Bréfritari: Sigríður Pálsdóttir
Viðtakandi: Páll Pálsson
Dagsetning: A-1868-08-04
Skrifað á: Breiðabólsstað  Rang.
Páll var bróðir Sigríðar

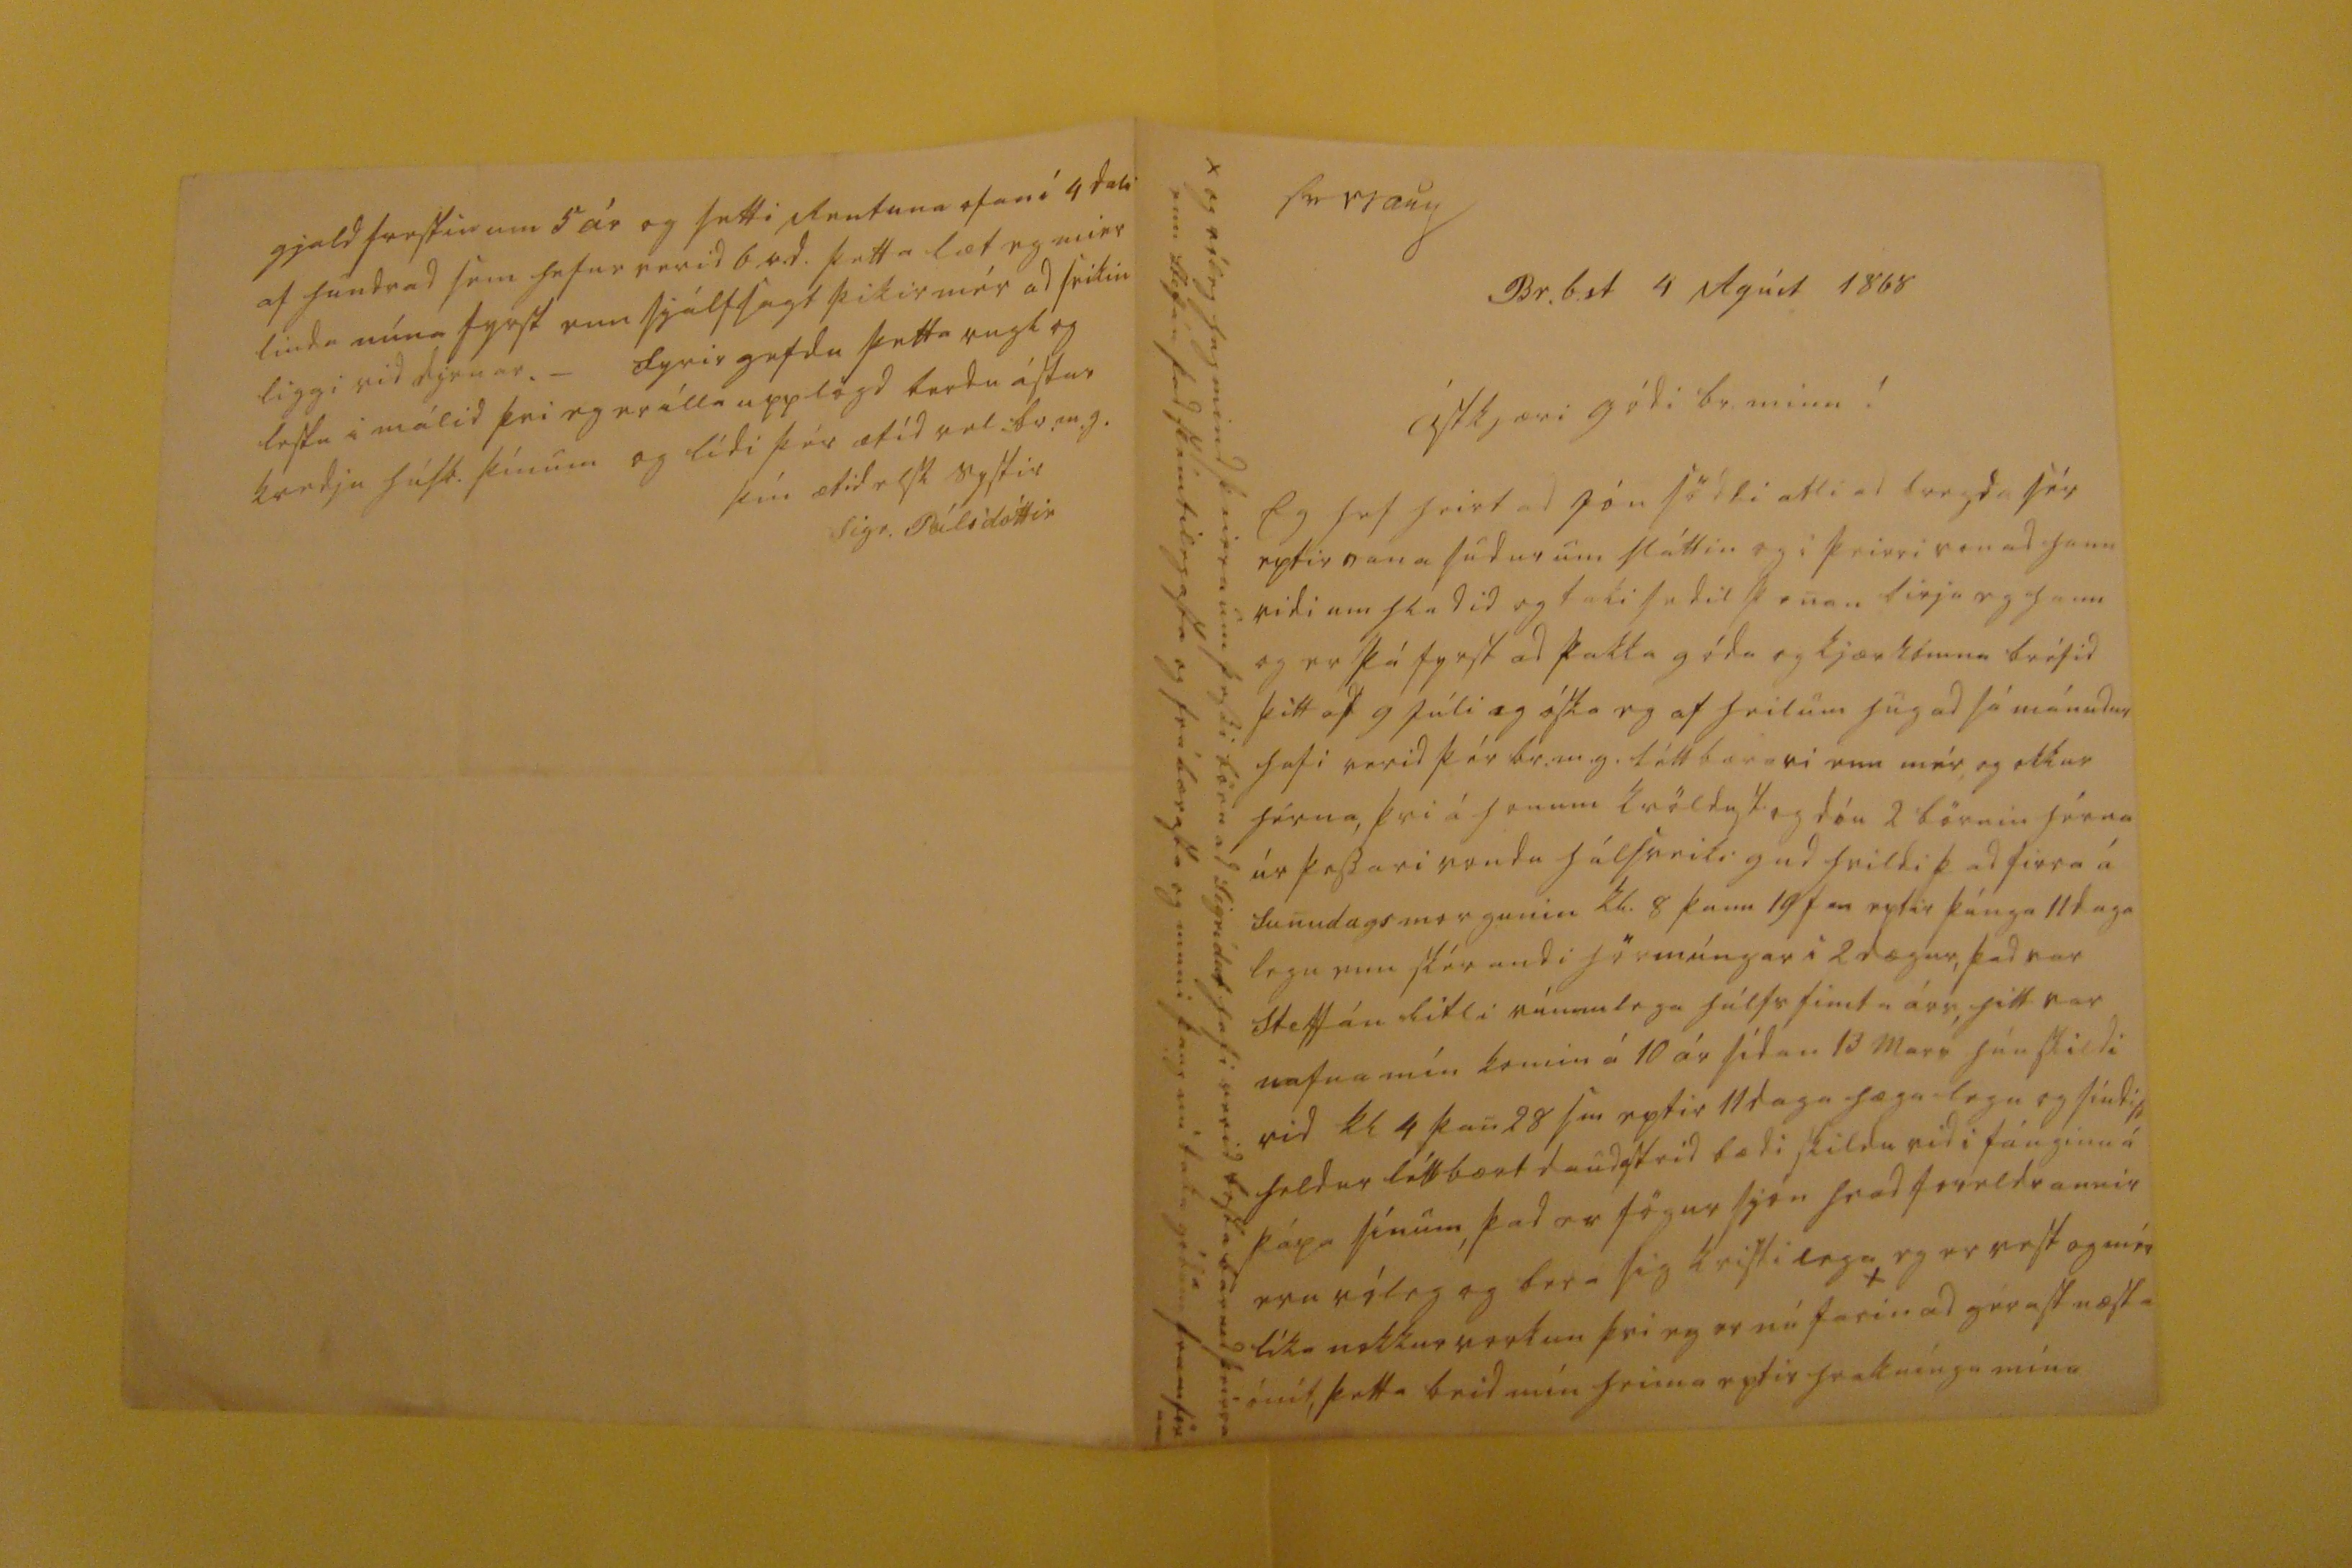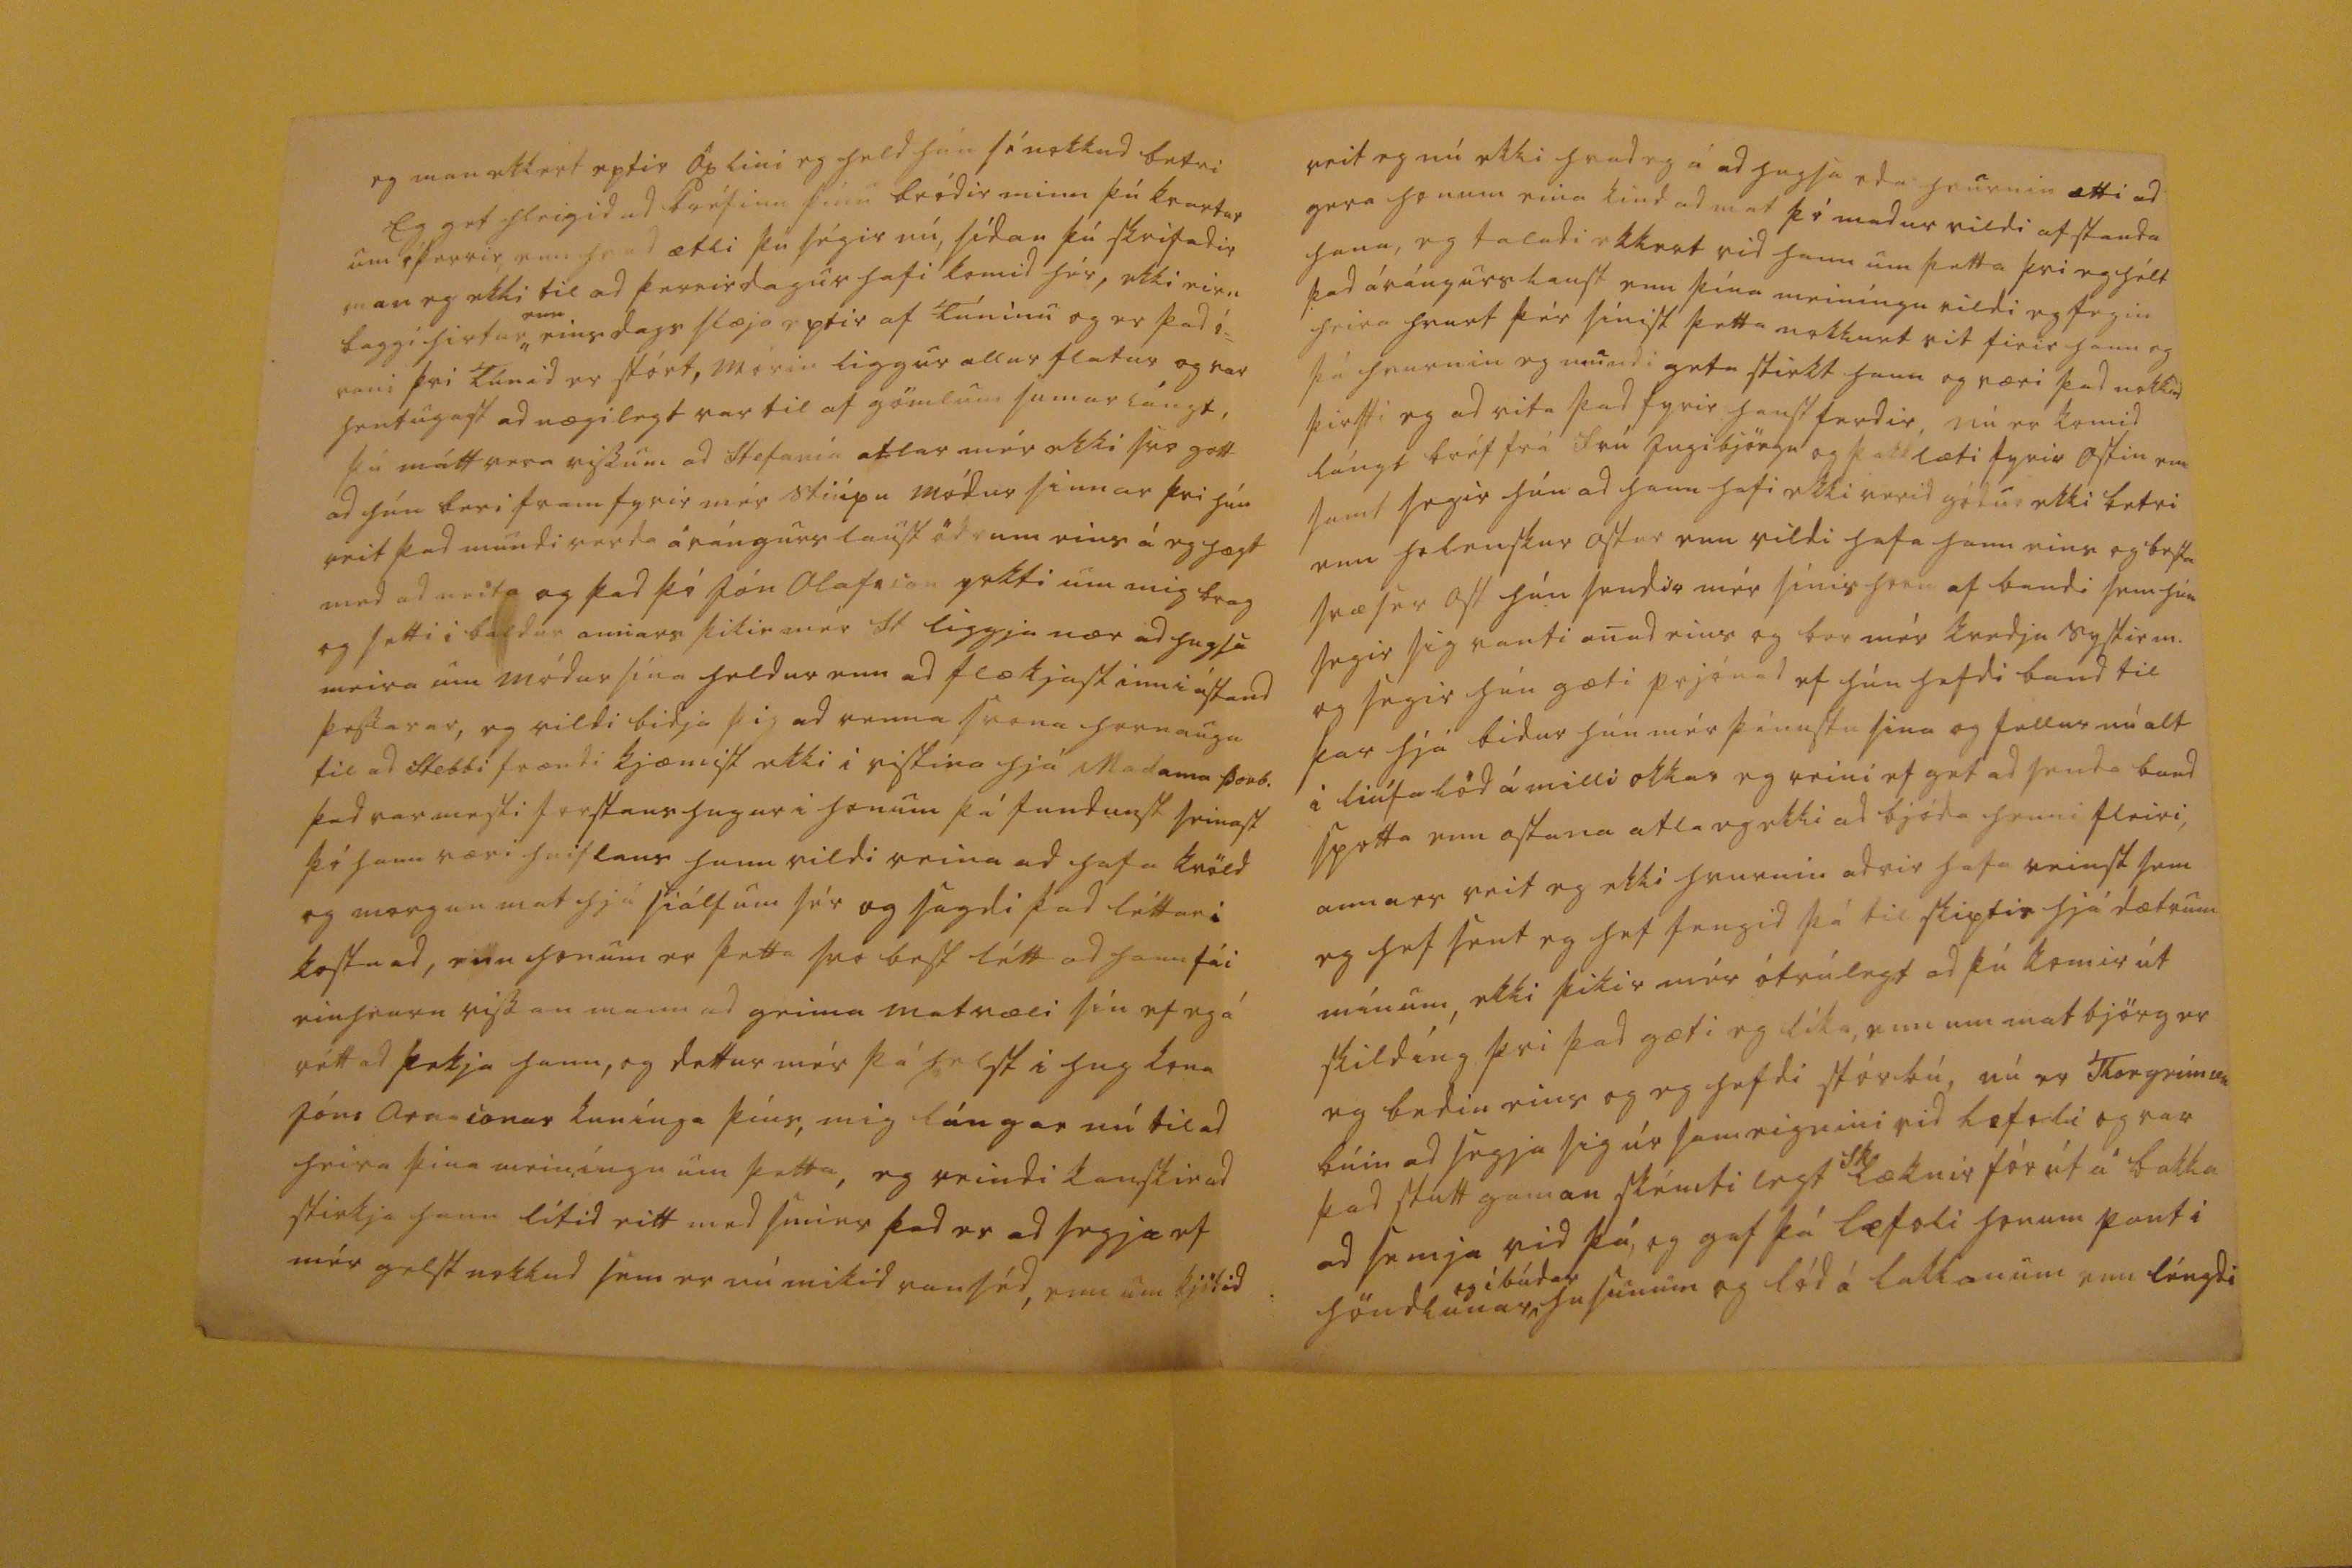

sv 11 aug
Br.b.st 4 Agúst 1868
ástkjæri gódi br. minn!
Eg hef heirt ad Jón södli atli ad bregda sér eptir vana sudur um sláttin og i þeirri vona ad hann ridi um hladid og taki sedil þenan birja eg hann og er þá fyrst ad þakka góda og kjærkomna bréfid þitt af 9 Júli og óska eg af heilum hug ad sá mánudur hafi verid þér br.m.g. léttbærari enn mér, og okkur hérna, þvi á honum kvöldust og dóu 2 börnin hérna úr þessari vondu hálsveiki gud hvildi þad firra á Sunudagsmorgunin kl. 8 þann 19 þ m eptir þúnga 11 daga legu enn skérandi hörmúngar i 2 dægur, þad var Steffán litli rúmlega hálfsfimta árs hitt var nafna mín komin á 10 ár sídan 13 Mars hún skildi vid kl 4 þan 28 s m eptir 11 daga hæga legu og sindist heldur léttbært daudastrid bædi skildu vid i fánginu á pápa sínum, þad er fögur sjón hvad foreldrarnir eru róleg og bera sig kristilega eg er vest og mér líka nokkur vorkun þvi eg er nú farin
x
ad gérast næsta ónít, þetta beid mín heima eptir hrakníngu mína
x og róleg hugmind þeirra um þessi börn ad Sigrídur hafi verid besta barnid þeirra enn Steffán þad skémtilegasta og frábærasta og muni þaug nú taka gódum framförum
eg man ekkert eptir Öxlini eg held hún sé nokkud betri Eg get hleigid ad bréfinu þínu bródir minn þú kvartar um óþerrir, enn hvad ætli þú ségir nú, sídan þú skrifadir man eg ekki til ad þerrirdagur hafi komid hér, ekki eirn baggi hirtur
enn
eins dags slæja eptir af láninu og er þad ó= vani þvi Túnid er stórt, mórin liggur allur flatúr og var hentugast ad nægilegt var til af gömlum sumarlángt, þú mátt vera vissum ad Stefanía atlar mér ekki svo gott ad hún beri fram fyrir mér stiúpu módur sinnar þvi hún veit þad mundi verda árángurs laust ödrum eins á eg hægt med ad neita og þad þó Jón Olafson yrkti um mig brag og setti i baldur annars þikir mér St liggja nær ad hugsa meira um módur sína heldur enn ad flækjast inn i ástand þessarar, eg vildi bidja þig ad renna svona hornauga til ad Stebbi frændi kjæmist ekki i vistina hjá Madama Þorb. þad var mesti ferstans hugur i honum þá fundust seinast þó hann væri hniflaus hann vildi reina ad hafa kvöld og morgunmat hjá siálfum sér og sagdi þad léttari kostnad, enn honum er þetta svo best létt ad hann fái einhvurn vissan mann ad geima matvæli sín ef eg á rétt ad þekja hann, og dettur mér þá helst i hug kona Jóns arasonar kunínga þíns, mig lángar nú til ad heira þina meiníngu um þetta, eg reindi kanskie ad stirkja hann lítid eitt med smier þad er ad segja ef mér gelst nokkud sem er nú mikid vanséd, enn um kjötid
veit eg nú ekki hvad eg á ad hugsa eda hvurnin ætti ad gera honum eina kind ad mat þó madur vildi afstanda hana, eg taladi ekkert vid hann um þetta þvi eg hélt þad árángurslaust enn þína meiníngu vildi eg fegin heira hvurt þér sínist þetta nokkurt vit firir hann og þá hvurnin eg mundi geta stirkt hann og væri þad nokkud þirfti eg ad vita þad fyrir haustferdir, nú er komid lángt bréf frá frú Ingibjörgu og þakklæti fyrir ostin enn samt segir hún ad hann hafi ekki verid gódur ekki betri enn holeinskur ostur enn vildi hafa hann eins og besta
svæser
ost hún sendir mér sínis horn af bandi sem hún segir sig vanti anad eins og ber mér kvedju systir m. og segir hún gæti prjónad ef hún hefdi band til þar hjá bidur hún mér þónustu sina og fellur nú alt i liúfa löd á milli okkar eg reini ef get ad senda band spotta enn ostana atla eg ekki ad bjóda henni fleiri, annars veit eg ekki hvurnin adrir hafa reinst sem eg hef sent eg hef fengid þá til skiptis hjá dætrum mínum, ekki þikir mér ótrúlegt ad þú komir út skilíng þvi þad gæti eg líka, enn um mat björg er eg bedin eins og eg hefdi stórbú, nú er Thorgrímur búin ad segja sig úr sameignini vid
læfoli
og var þad stutt gaman skémtilegt
Sk
læknir fór út á bakka ad semja vid þá, og gaf þá
læfoli
honum pant i höndlunar
og íbúdar
husunum og lód á lakkanum sem léngdi
gjaldfrestin um 5 ár og setti Rentuna ofaní 4 dali af hundrad sem hefur verid 6 v.d. þetta læt eg mier linda núna fyrst enn sjálfsagt þikir mér ad feikin liggi vid dyrnar._ fyrirgefdu þetta rugl og lestu i málid þvi eg er illa upplögd berdu ástar kvedju húsb. þínum og lídi þér ætíd vel br.m.g.
þín ætid elsk systir
Sigr. Pálsdóttir